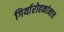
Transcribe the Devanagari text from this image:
गिर्यारोहकांनाच